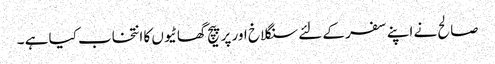
صالح نے اپنے سفر کے لئے سنگلاخ اور پر پیچ گھاٹیوں کا انتخاب کیا ہے ۔